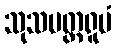
သုသမတ္တရူပံ